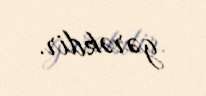
gərəkdir.